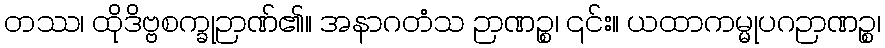
တဿ၊ ထိုဒိဗ္ဗစက္ခုဉာဏ်၏။ အနာဂတံသ ဉာဏဉ္စ၊ ၎င်း။ ယထာကမ္မုပဂဉာဏဉ္စ၊